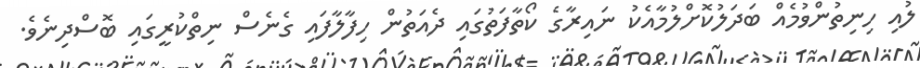
ލުއި ހިނިތުންވުމެއް ބަދަލުކޮށްލުމާއެކު ނައިރާގެ ކޯތާފަތުގައި ދެއަތުން ހިފާލާފައި ގެނެސް ނިތްކުރީގައި ބޮސްދިނެވެ.